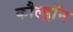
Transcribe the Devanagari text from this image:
कौल्ड्रॉन